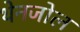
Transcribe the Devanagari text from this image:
थेनजोल